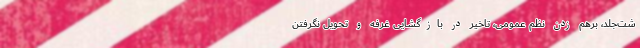
شت‌جلد، برهم زدن نظم عمومی، تاخیر در بازگشایی غرفه و تحویل نگرفتن